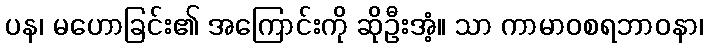
ပန၊ မဟောခြင်း၏ အကြောင်းကို ဆိုဦးအံ့။ သာ ကာမာဝစရဘာဝနာ၊